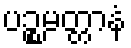
ပဉ္စမတ္တာနံ